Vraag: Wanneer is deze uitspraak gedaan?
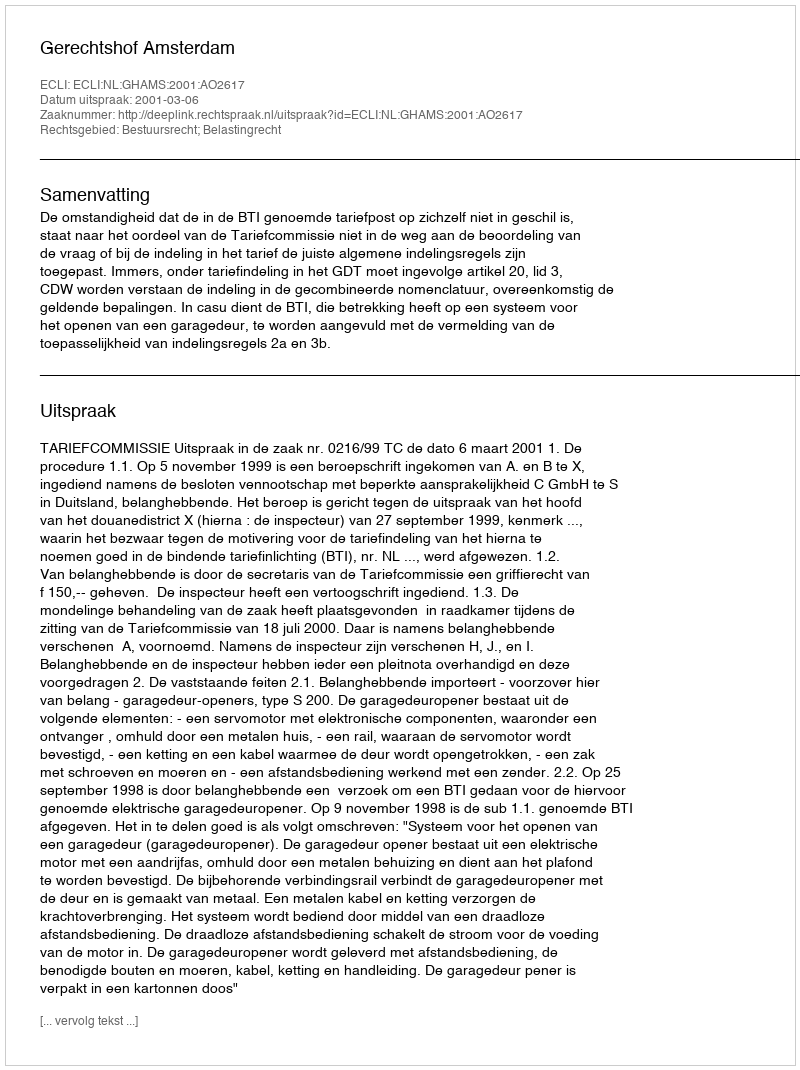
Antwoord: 2001-03-06